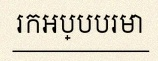
រកអប្បបរមា